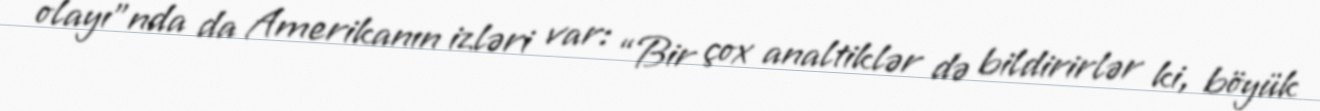
olayı”nda da Amerikanın izləri var: “Bir çox analtiklər də bildirirlər ki, böyük